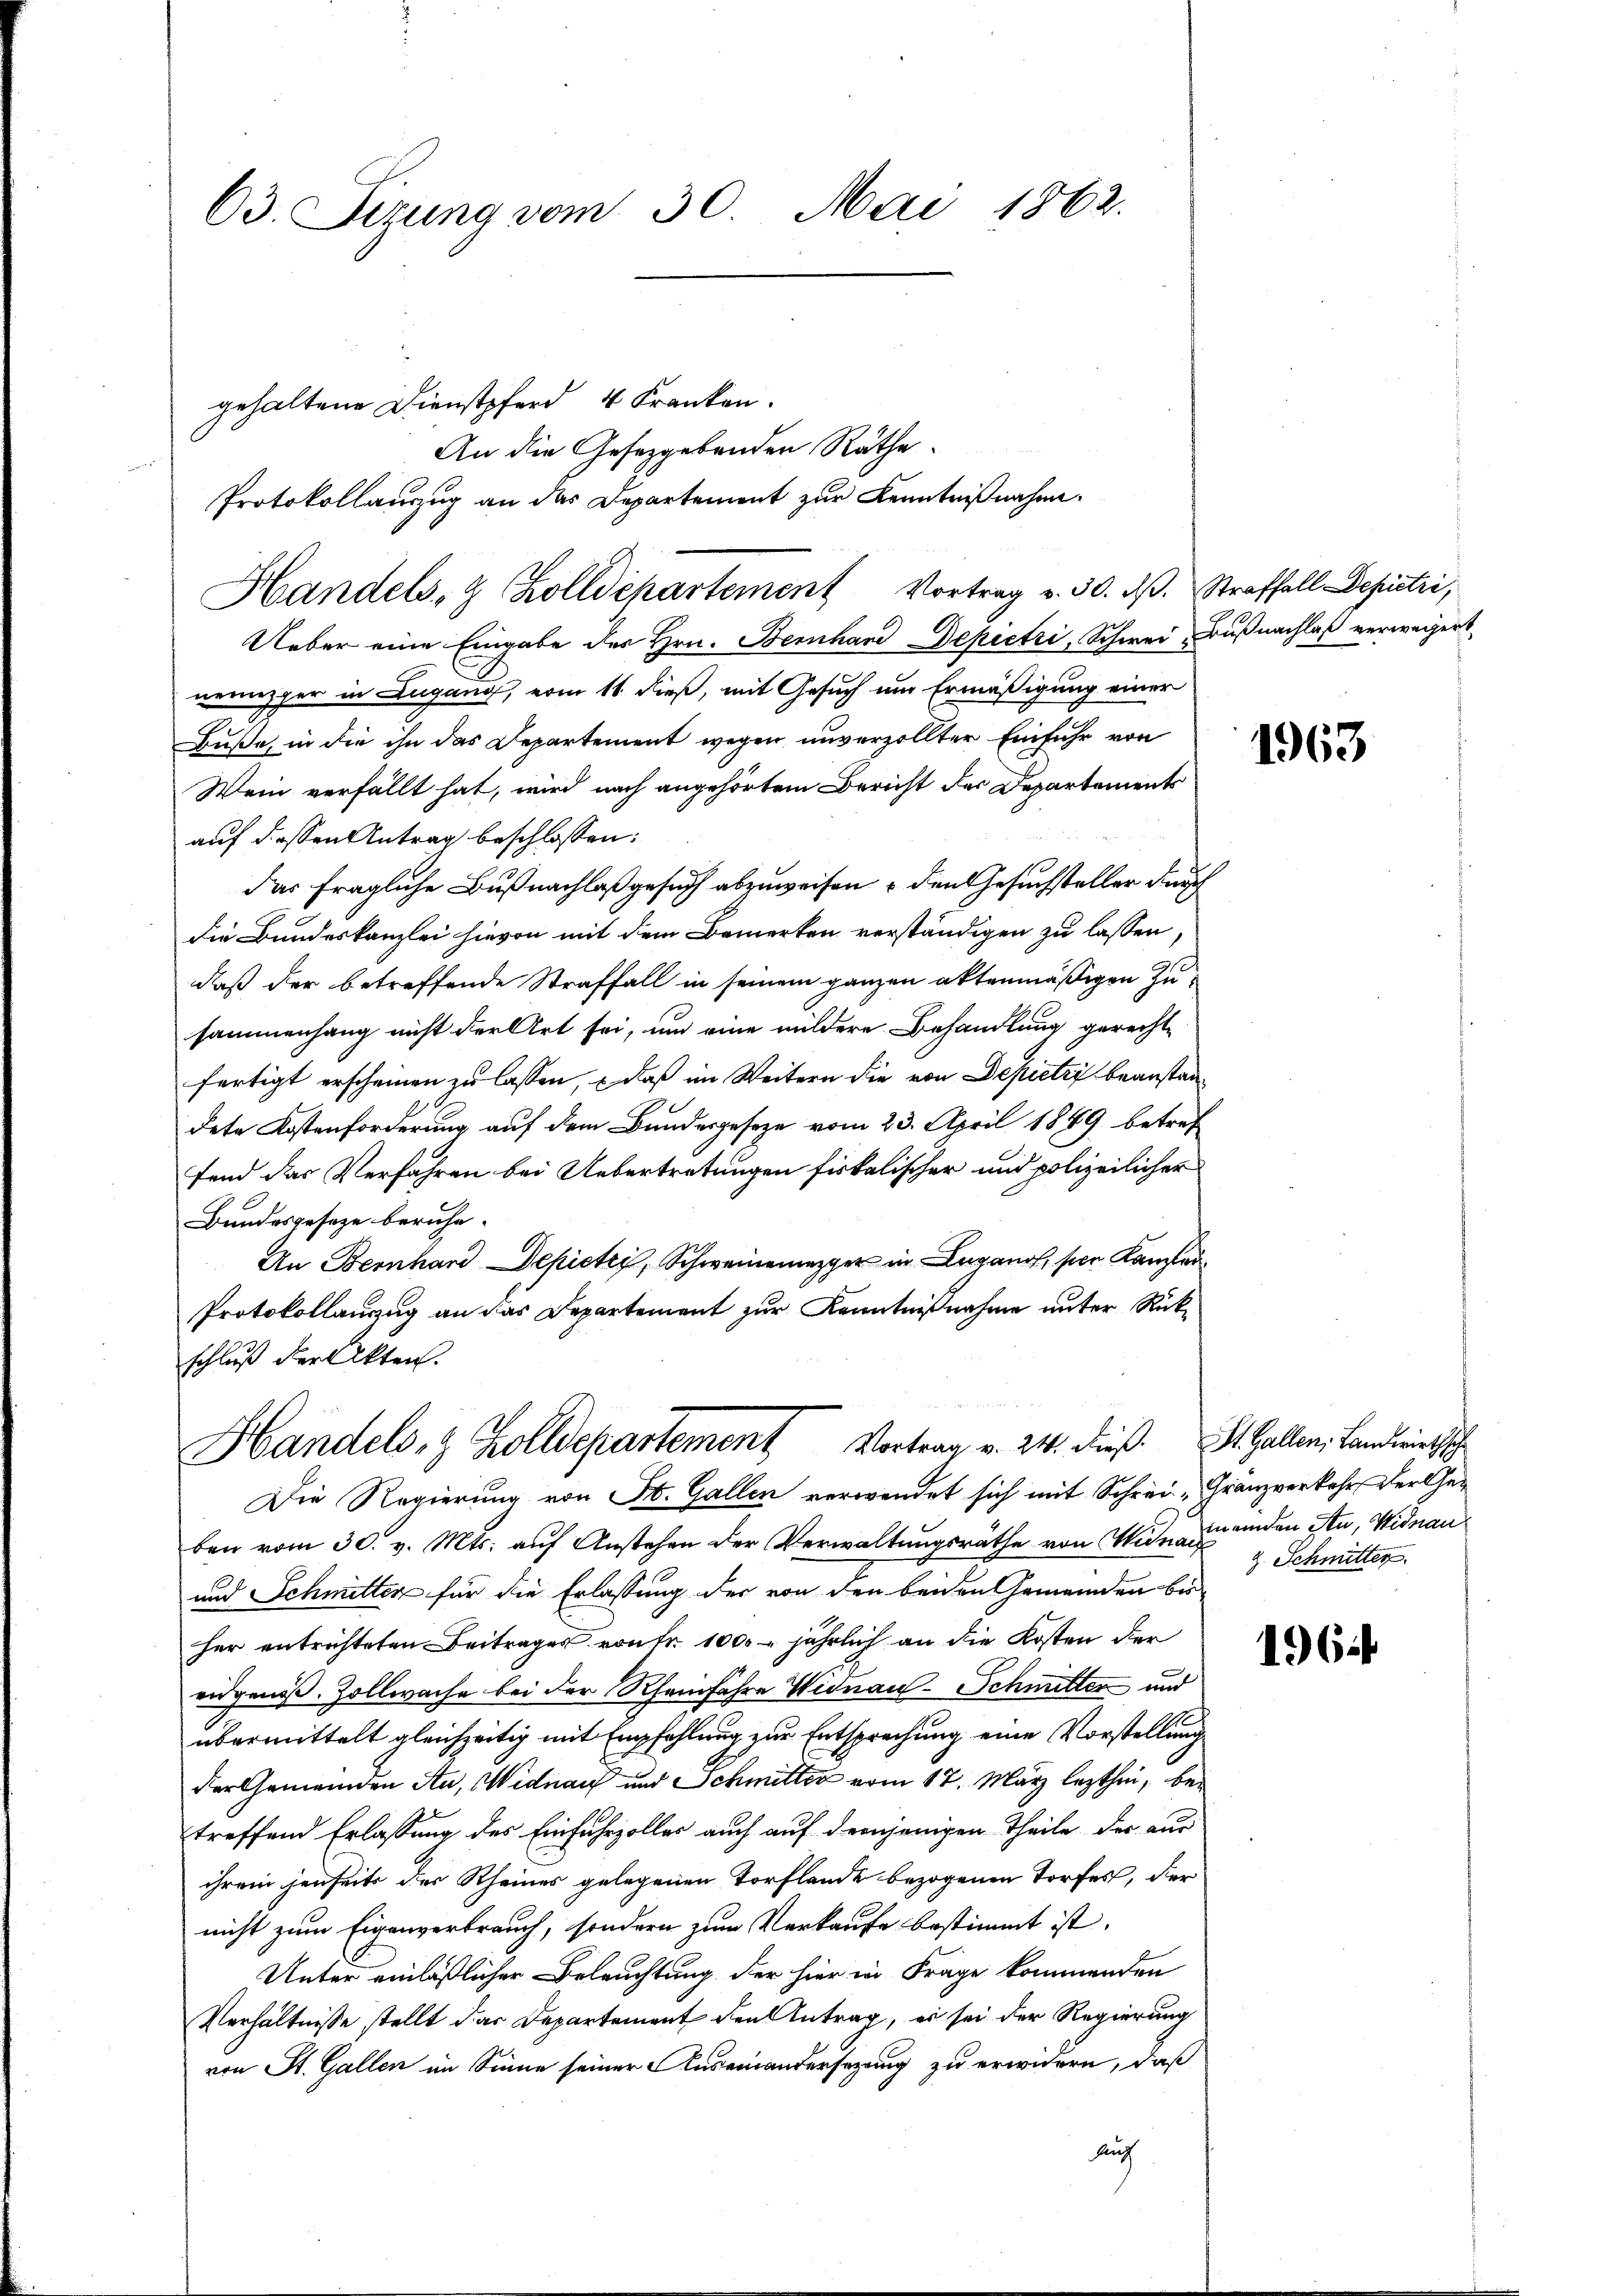
63. Dierung vom 30. Mai 1862.

gehaltene Dienstpferd 4 Kranken.
An die Gesetzgebenden Räthe.
Protokollauszug an das Departement zur Kenntnißnahme
Handels- & Zolldepartement Vortrag v. 30. dβ. Straffall Depietri,
Ueber eine Eingabe des Hrn. Bernhard Depietri, Schwei Bußnachlaß verweigert
nerenzger in Lugang, vom 11. dieß, mit Gesuch um Ermäßigung einer
Buße, in die ihn das Departement wegen unverzollter Einfuhr von
Wein verfällt hat, wird nach angehörtem Bericht der Departements
auf dessen Antrag beschlossen:
Das fragliche Bußnachlaß gesuch abzuweisen u den Gesuchsteller durch
die Bundeskanzlei hievon mit dem Bemerken verständigen zu lassen,
daß der betreffende Straffall in seinem ganzen aktenmäßigen Zusammenhang nicht der Art sei, um eine mildere Behandlung gerecht-
fertigt erscheinen zu lassen, – daß im Weitern die von Depietri beanstandete Kostenforderung auf dem Bundesgesetze vom 23. April 1889 betref
fend das Verfahren bei Uebertretungen fiskalischer und polizeilicher
Bundesgeseze beruhe.
An Bernhard Depietzi, Schweinemezger in Lugano, per Kaufan¬
Protokollanzug an das Departement zur Kenntnißnahme unter Rückschluß der Akten.
Handels- & Zolldepartement Vortrag v. 24. dieß. St. Gallen, Landwirthsche
Die Regierung von St. Gallen verwendet sich mit Schrei „Granzverkehr, der Geben vom 30. v. Mts. aŭf Anstehen der Verwaltungsräthe von Mittenden Atu, Widnau¬
und Schmitter für die Erlassung der von den beiden Gemeinden bis
her entrichteten Beitrages von Fr. 100. jährlich an die Kosten der
eidgenöß. Zollwache bei der Rheinfahre Widnau-Schmitter und
übermittelt gleichzeitig mit Empfehlung zur Entsprechung eine Vorstellung
der Gemeinden Au, Widnauf und Schmitter vom 17. März lezthen, betreffend Erlassung des Einfuhrzolles auch auf demjenigen Theile der aus
ihrem jenseits der Rheines gelegenen Torflande bezogenen Torfes, der
nicht zum Eigenverbrauch, sondern zum Verkaufe bestimmt ist.
Unter einläßlicher Beleuchtung der hier in Frage kommenden
Verhältnisse stellt dar Departement den Antrag, es sei der Regierung
von St. Gallen im Sinne seiner Auseinandersezung zu erwidern, daß
Auch

1963

z. Schmitter

196